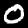
Digit: 0